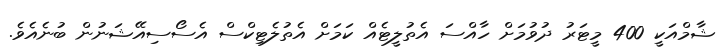
ޝާމްއަކީ 400 މީޓަރު ދުވުމަށް ހާއްސަ އެތުލީޓެއް ކަމަށް އެތުލެޓިކްސް އެސޯސިއޭޝަނުން ބުނެއެވެ.